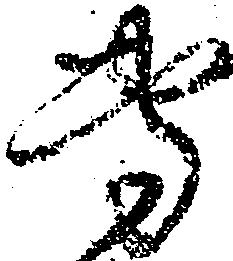
専